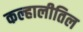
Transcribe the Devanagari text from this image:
कल्हालीतिल